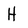
Character: H